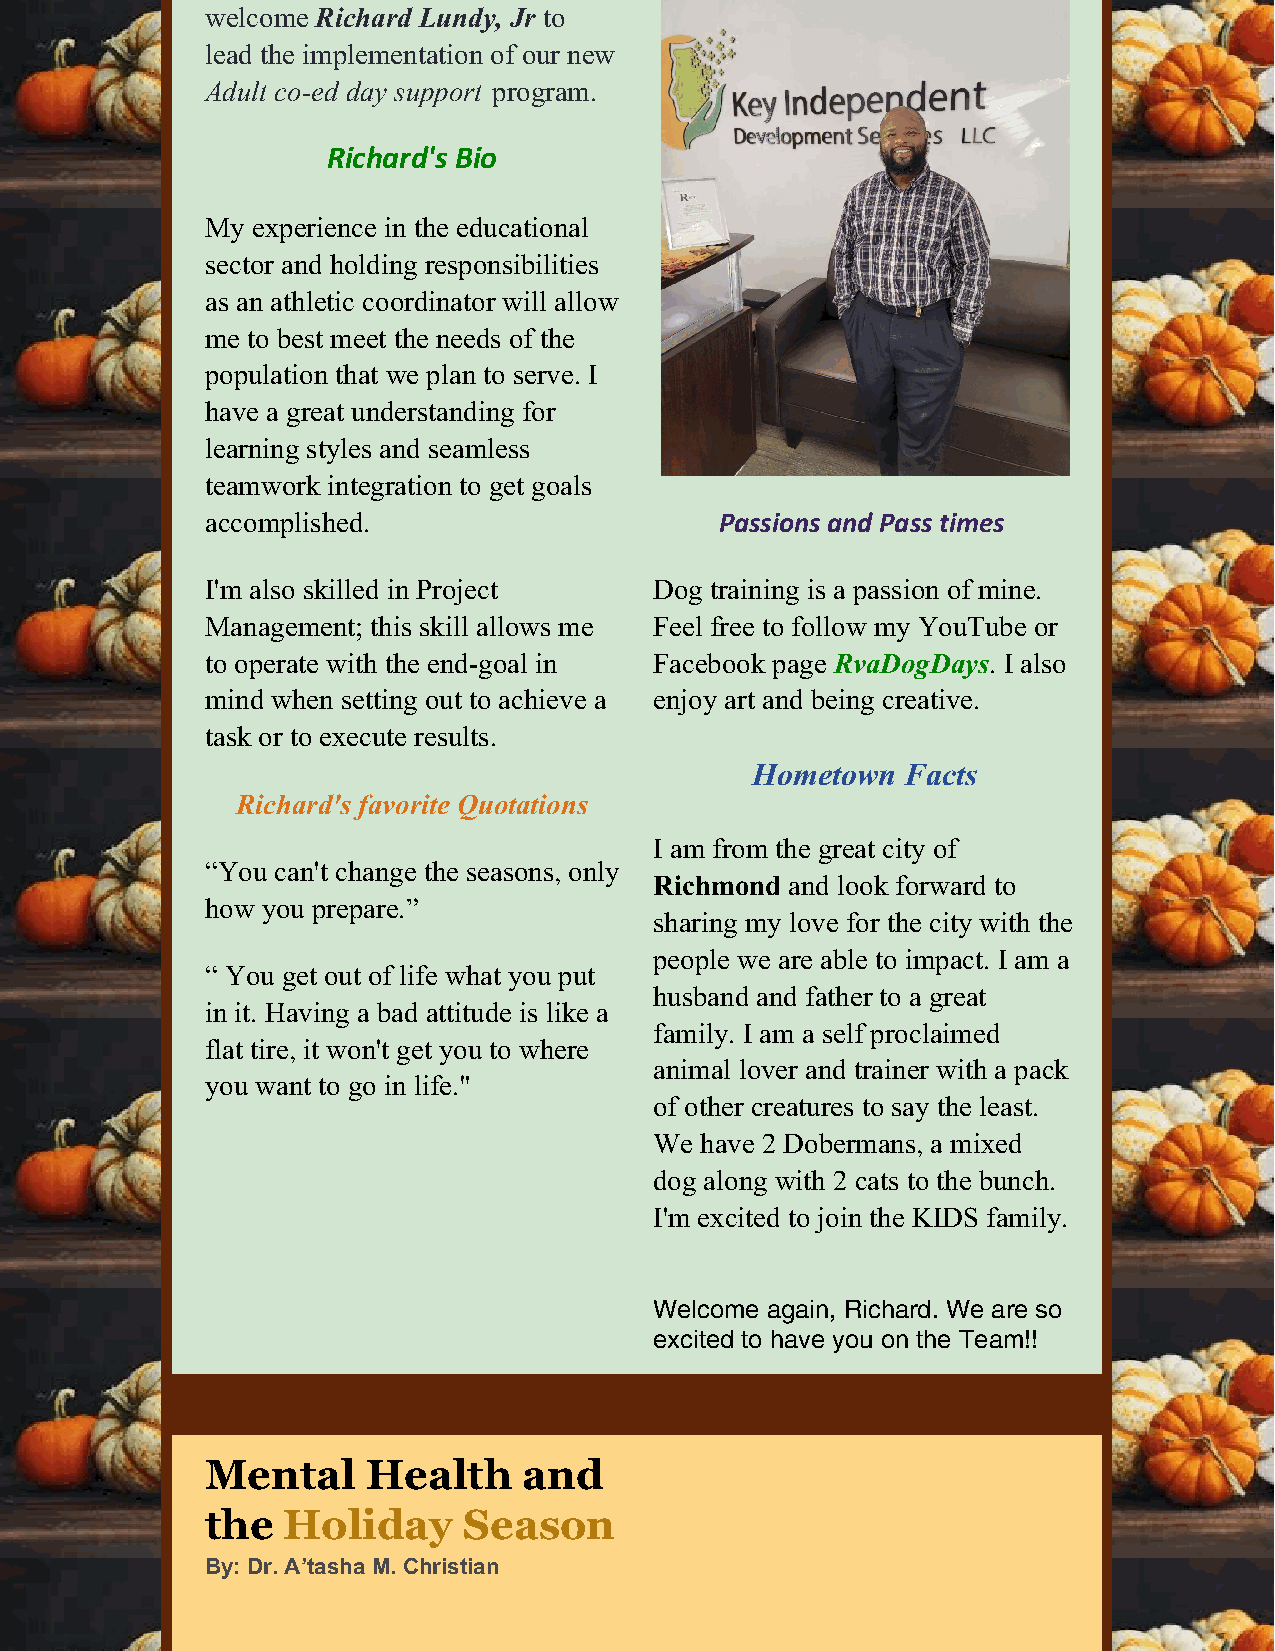
welcome Richard Lundy, Jr to
 lead the implementation of our new
 Adult co-ed day support program.
 Richard's Bio
 My experience in the educational
 sector and holding responsibilities
 as an athletic coordinator will allow
 me to best meet the needs of the
 population that we plan to serve. I
 have a great understanding for
 learning styles and seamless
 teamwork integration to get goals
 accomplished.                     Passions and Pass times
 I'm also skilled in Project  Dog training is a passion of mine.
 Management; this skill allows me Feel free to follow my YouTube or
 to operate with the end-goal in Facebook page RvaDogDays. I also
 mind when setting out to achieve a enjoy art and being creative.
 task or to execute results.
 Hometown  Facts
 Richard's favorite Quotations
 I am from the great city of
 “You can't change the seasons, only
 Richmond and look forward to
 how you prepare.”
 sharing my love for the city with the
 people we are able to impact. I am a
 “ You get out of life what you put
 husband and father to a great
 in it. Having a bad attitude is like a
 family. I am a self proclaimed
 flat tire, it won't get you to where
 animal lover and trainer with a pack
 you want to go in life."
 of other creatures to say the least.
 We have 2 Dobermans, a mixed
 dog along with 2 cats to the bunch.
 I'm excited to join the KIDS family.
 Welcome again, Richard. We are so
 excited to have you on the Team!!
 Mental    Health     and
 the  Holiday     Season
 By: Dr. A’tasha M. Christian